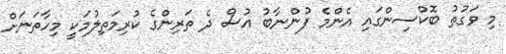
މި ވަގުތު ބޮކްސިންގައި އެންމެ ފުންނާބު އުސް ދެ ތަރިންގެ ކުރިމަތިލުމަކީ މިހާތަނަށް